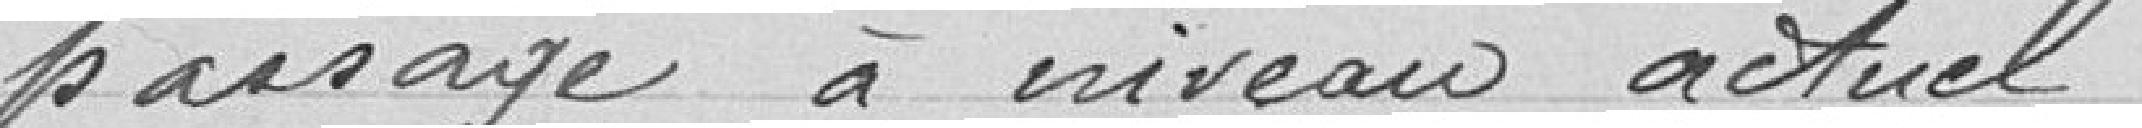
passage à niveau actuel.